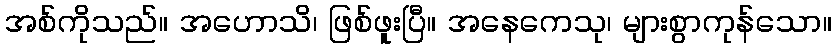
အစ်ကိုသည်။ အဟောသိ၊ ဖြစ်ဖူးပြီ။ အနေကေသု၊ များစွာကုန်သော။